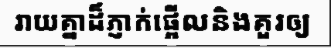
រាយគ្នាដ៏ភ្ញាក់ផ្អើលនិងគួរឲ្យ